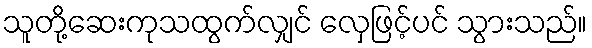
သူတို့ဆေးကုသထွက်လျှင် လှေဖြင့်ပင် သွားသည်။